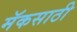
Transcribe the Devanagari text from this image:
मॅकसाठी